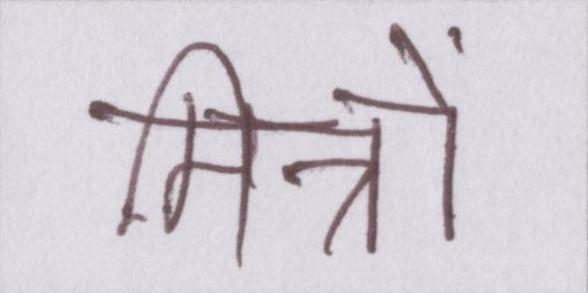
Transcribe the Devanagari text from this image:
मित्रों